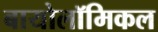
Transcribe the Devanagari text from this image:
बायोलॉमिकल